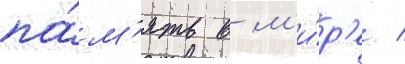
па́м'ять в м'и́р'е /